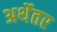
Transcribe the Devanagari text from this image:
अर्थेतर